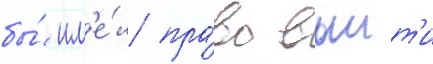
бы́ им'е́л пра́во выит'и